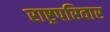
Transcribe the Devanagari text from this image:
राष्ट्रपरिवार